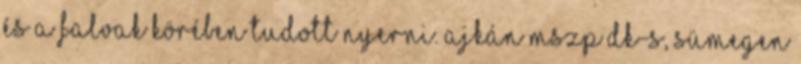
és a falvak körében tudott nyerni. Ajkán MSZP–DK-s, Sümegen